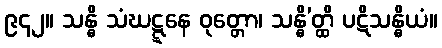
၉၄၂။ သန္ဓိ သံဃဋ္ဋနေ ဝုတ္တော၊ သန္ဓိ’တ္ထိ ပဋိသန္ဓိယံ။